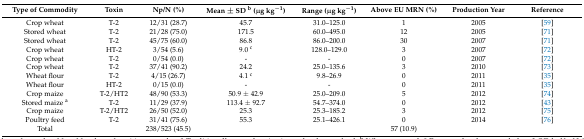
<table><thead><tr><td><b>Type of Commodity</b></td><td><b>Toxin</b></td><td><b>Np/N (%)</b></td><td><b>Mean ± SD <sup>b</sup> (μg kg<sup>−1</sup>)</b></td><td><b>Range (μg kg<sup>−1</sup>)</b></td><td><b>Above EU MRN (%)</b></td><td><b>Production Year</b></td><td><b>Reference</b></td></tr></thead><tbody><tr><td>Crop wheat</td><td>T-2</td><td>12/31 (28.7)</td><td>45.7</td><td>31.0–125.0</td><td>1</td><td>2005</td><td>[59]</td></tr><tr><td>Stored wheat</td><td>T-2</td><td>21/28 (75.0)</td><td>171.5</td><td>60.0–495.0</td><td>12</td><td>2005</td><td>[71]</td></tr><tr><td>Stored wheat</td><td>T-2</td><td>45/75 (60.0)</td><td>86.8</td><td>86.0–200.0</td><td>30</td><td>2007</td><td>[71]</td></tr><tr><td>Crop wheat</td><td>HT-2</td><td>3/54 (5.6)</td><td>9.0 <sup>c</sup></td><td>128.0–129.0</td><td>3</td><td>2007</td><td>[72]</td></tr><tr><td>Crop wheat</td><td>T-2</td><td>0/54 (0.0)</td><td>-</td><td>-</td><td>0</td><td>2007</td><td>[72]</td></tr><tr><td>Crop wheat</td><td>T-2</td><td>37/41 (90.2)</td><td>24.2</td><td>25.0–135.6</td><td>3</td><td>2010</td><td>[73]</td></tr><tr><td>Wheat flour</td><td>T-2</td><td>4/15 (26.7)</td><td>4.1 <sup>c</sup></td><td>9.8–26.9</td><td>0</td><td>2011</td><td>[35]</td></tr><tr><td>Wheat flour</td><td>HT-2</td><td>0/15 (0.0)</td><td>-</td><td>-</td><td>0</td><td>2011</td><td>[35]</td></tr><tr><td>Crop maize</td><td>T-2/HT2</td><td>48/90 (53.3)</td><td>50.9 ± 42.9</td><td>25.0–209.0</td><td>5</td><td>2012</td><td>[74]</td></tr><tr><td>Stored maize <sup>a</sup></td><td>T-2</td><td>11/29 (37.9)</td><td>113.4 ± 92.7</td><td>54.7–374.0</td><td>0</td><td>2012</td><td>[43]</td></tr><tr><td>Crop maize</td><td>T-2/HT2</td><td>26/50 (52.0)</td><td>25.3</td><td>25.3–185.2</td><td>3</td><td>2012</td><td>[75]</td></tr><tr><td>Poultry feed</td><td>T-2</td><td>31/41 (75.6)</td><td>55.3</td><td>25.1–426.1</td><td>0</td><td>2014</td><td>[76]</td></tr><tr><td>Total</td><td>[EMPTY_CELL]</td><td>238/523 (45.5)</td><td>[EMPTY_CELL]</td><td>[EMPTY_CELL]</td><td>57 (10.9)</td><td>[EMPTY_CELL]</td><td>[EMPTY_CELL]</td></tr></tbody></table>